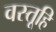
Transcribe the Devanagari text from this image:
वस्तूहि